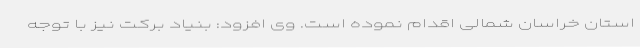
استان خراسان شمالی اقدام نموده است. وی افزود: بنیاد برکت نیز با توجه